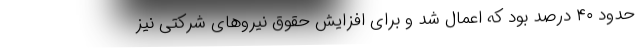
حدود ۴۰ درصد بود که اعمال شد و برای افزایش حقوق نیروهای شرکتی نیز